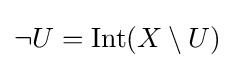
\neg U=\operatorname {Int} (X\setminus U)